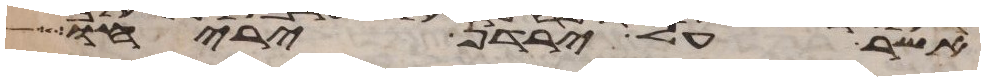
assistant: אשר על ירדן יריחו